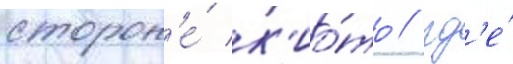
сторон'е́ к'ио́то / гд'е́